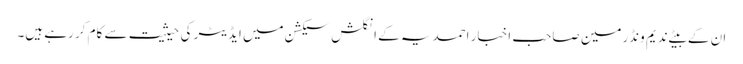
ان کے بیٹے ندیم ونڈرمین صاحب اخبار احمدیہ کے انگلش سیکشن میں ایڈیٹر کی حیثیت سے کام کر رہے ہیں۔